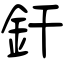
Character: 釬